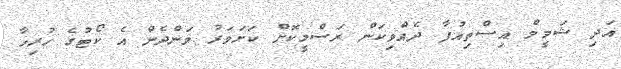
އަދި ޝަމީމް އިސްތިއުފާ ދެއްވިކަން ރަސްމީކޮށް ކަށަވަރު ވަންދެން އެ ކޯޓުގެ ހުރިހާ